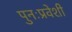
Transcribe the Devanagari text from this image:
पुनःप्रवेशी